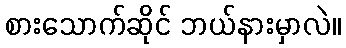
စားသောက်ဆိုင် ဘယ်နားမှာလဲ။